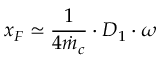
x _ { F } \simeq \frac { 1 } { 4 \dot { m } _ { c } } \cdot D _ { 1 } \cdot \omega